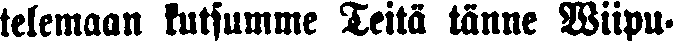
telemaan kutsumme Teitä tänne Wiipu-